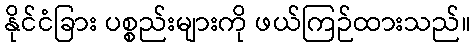
နိုင်ငံခြား ပစ္စည်းများကို ဖယ်ကြဉ်ထားသည်။